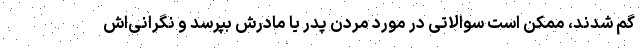
گم شدند، ممکن است سوالاتی در مورد مردن پدر یا مادرش بپرسد و نگرانی‌اش